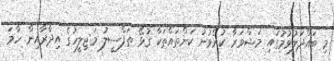
މި ބައްދަލުވުމުގައި މަޝްވަރާ ކުރެވުނު ކަންތައްތަކާ ގުޅޭ ތަފްސީލު މަޖިލީހުގެ އިދާރާއިން ހާމަ